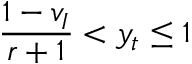
\frac { 1 - v _ { I } } { r + 1 } < y _ { t } \le 1